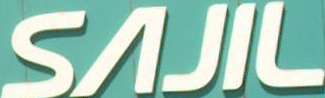
SAJIL